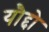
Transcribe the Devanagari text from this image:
यौद्दो